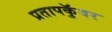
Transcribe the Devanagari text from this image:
प्रतापकुॅवर